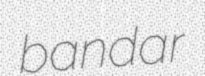
bandar